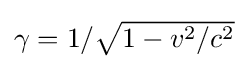
{\textstyle \gamma =1/{\sqrt {1-v^{2}/c^{2}}}}